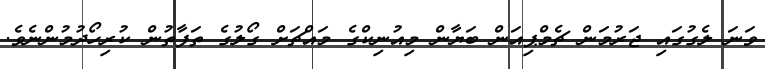
ވަނަ ލެގުގައި ޖަރުމަން ޗެމްޕިއަން ބަޔާން މިއުނިކްގެ މައްޗަށް ގޯލުގެ ތަފާތުން ކުރިހޯދުމުންނެވެ.